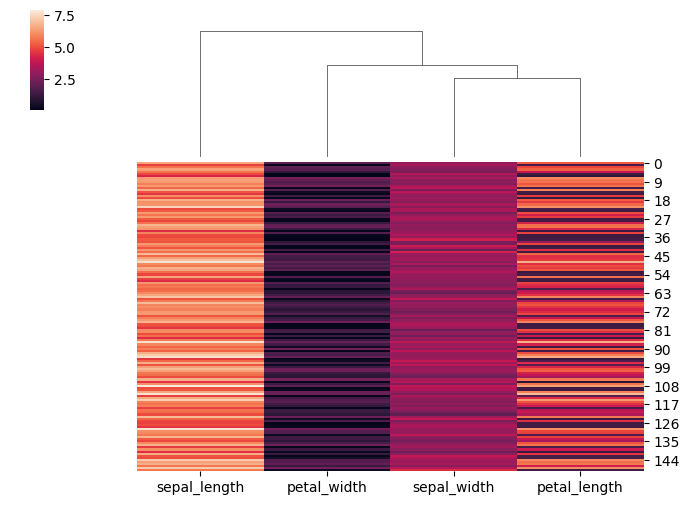
python, seaborn, clustermap, figsize=(7, 5), row_cluster=False, dendrogram_ratio=(0.2, 0.3), cbar_pos=(0.05, 0.8, 0.02, 0.2)